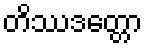
တိဿဒတ္တော